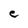
Character: C